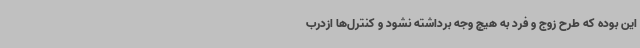
این بوده که طرح زوج و فرد به هیچ وجه برداشته نشود و کنترل‌ها ازدرب